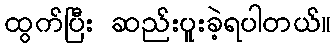
ထွက်ပြီး ဆည်းပူးခဲ့ရပါတယ်။